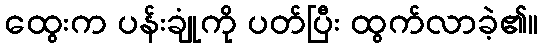
ထွေးက ပန်းချုံကို ပတ်ပြီး ထွက်လာခဲ့၏။